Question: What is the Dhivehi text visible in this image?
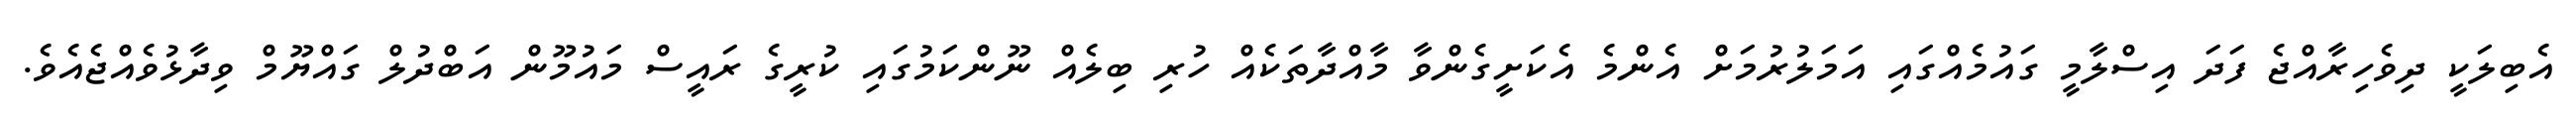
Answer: އެބިލަކީ ދިވެހިރާއްޖެ ފަދަ އިސްލާމީ ގައުމެއްގައި އަމަލުރުމަށް އެންމެ އެކަށީގެންވާ މާއްދާތަކެއް ހުރި ބިލެއް ނޫންކަމުގައި ކުރީގެ ރައީސް މައުމޫން އަބްދުލް ގައްޔޫމް ވިދާޅުވެއްޖެއެވެ.